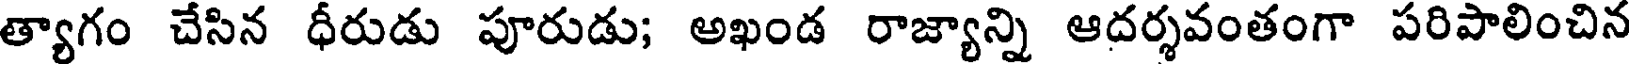
త్యాగం చేసిన ధీరుడు పూరుడు; అఖండ రాజ్యాన్ని ఆదర్శవంతంగా పరిపాలించిన